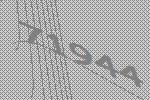
71944